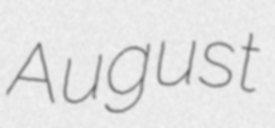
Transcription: August